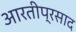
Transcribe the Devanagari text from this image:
आरतीप्रसाद